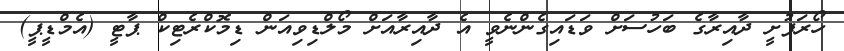
ހޯރަފުށީ ދާއިރާގެ ބަހުސަށް ވަޑައިގެންނެވީ އެ ދާއިރާއަށް މޯލްޑިވިއަން ޑިމޮކްރެޓިކް ޕާޓީ (އެމްޑީޕީ)